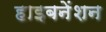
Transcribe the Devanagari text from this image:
हाइबनेंशन